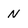
Character: N